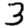
Digit: 3